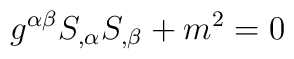
g^{\alpha \beta }S_{,\alpha }S_{,\beta }+m^2=0